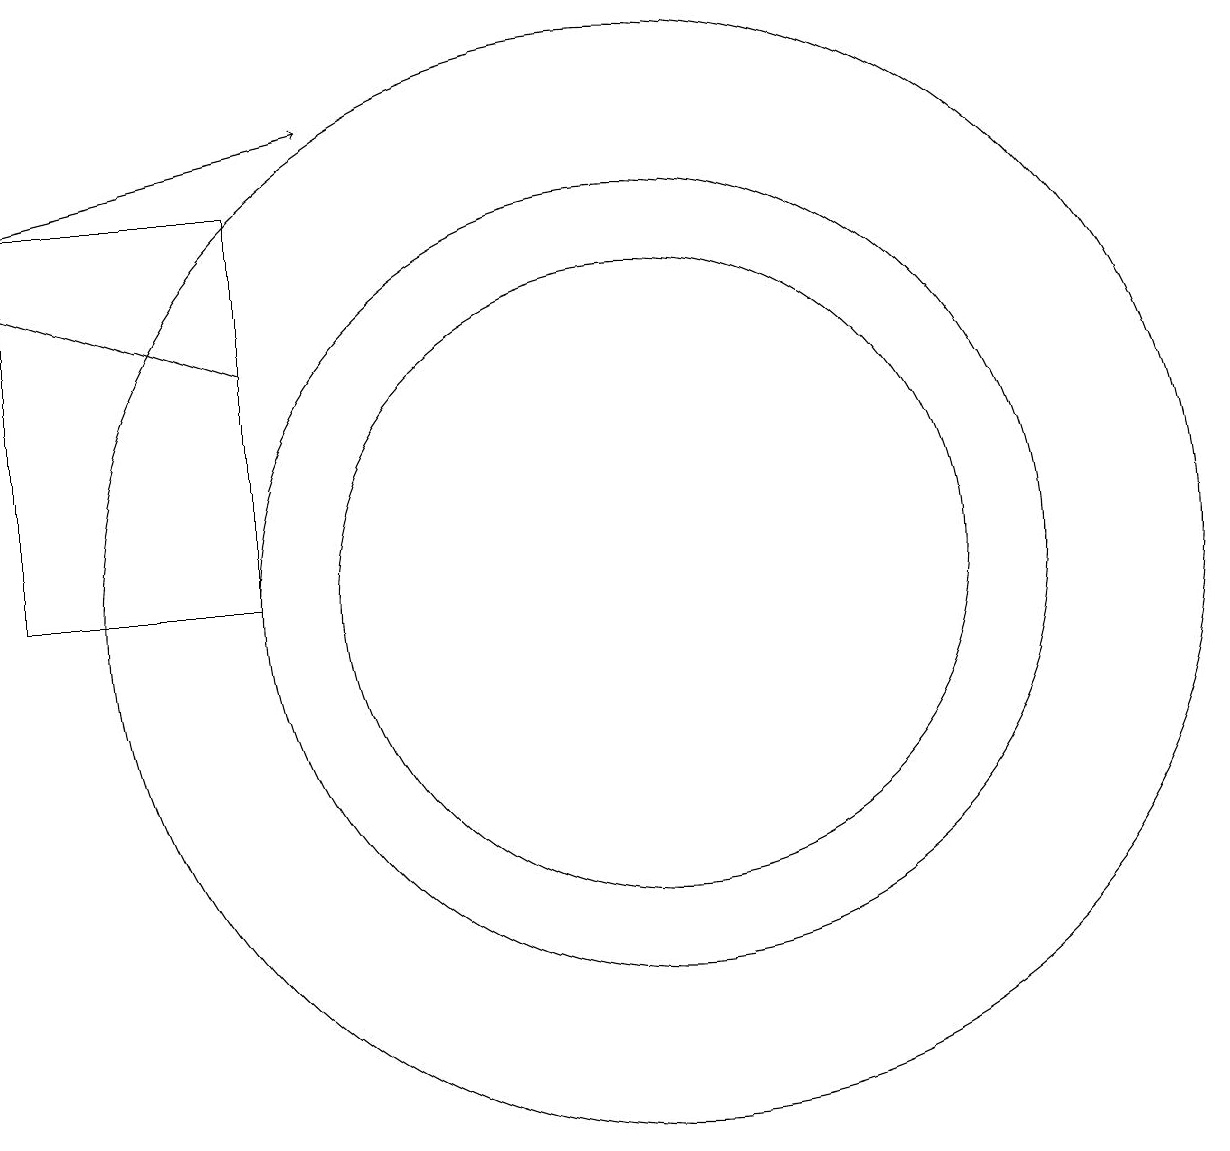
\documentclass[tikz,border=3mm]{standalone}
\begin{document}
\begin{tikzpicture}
\draw[->] (2,15) -- (6,16);
\draw (10,10) circle (4);
\draw (10,10) circle (7);
\draw (10,10) circle (5);
\draw[->] (5,13) -- (2,14);
\draw (5,15) rectangle (2,10);
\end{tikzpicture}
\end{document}